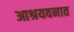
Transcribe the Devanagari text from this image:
आश्रयवनात